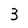
Character: 3